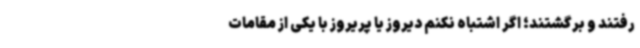
رفتند و برگشتند؛ اگر اشتباه نکنم دیروز یا پریروز با یکی از مقامات